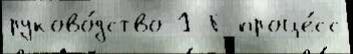
руково́дство 1 Г проце́сс